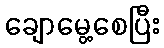
ချောမွေ့စေပြီး